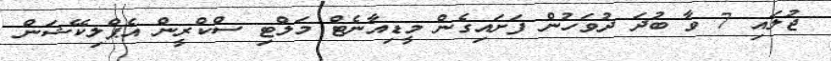
ޖުލައި 7 ވާ ބުދަ ދުވަހުން ފަށައިގެން މީޑިއާނެޓް މަލްޓި ސްކްރީން އެޕްލިކޭޝަން